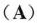
(A)